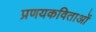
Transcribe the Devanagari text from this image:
प्रणयकविताओं